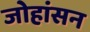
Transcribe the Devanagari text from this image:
जोहांसन